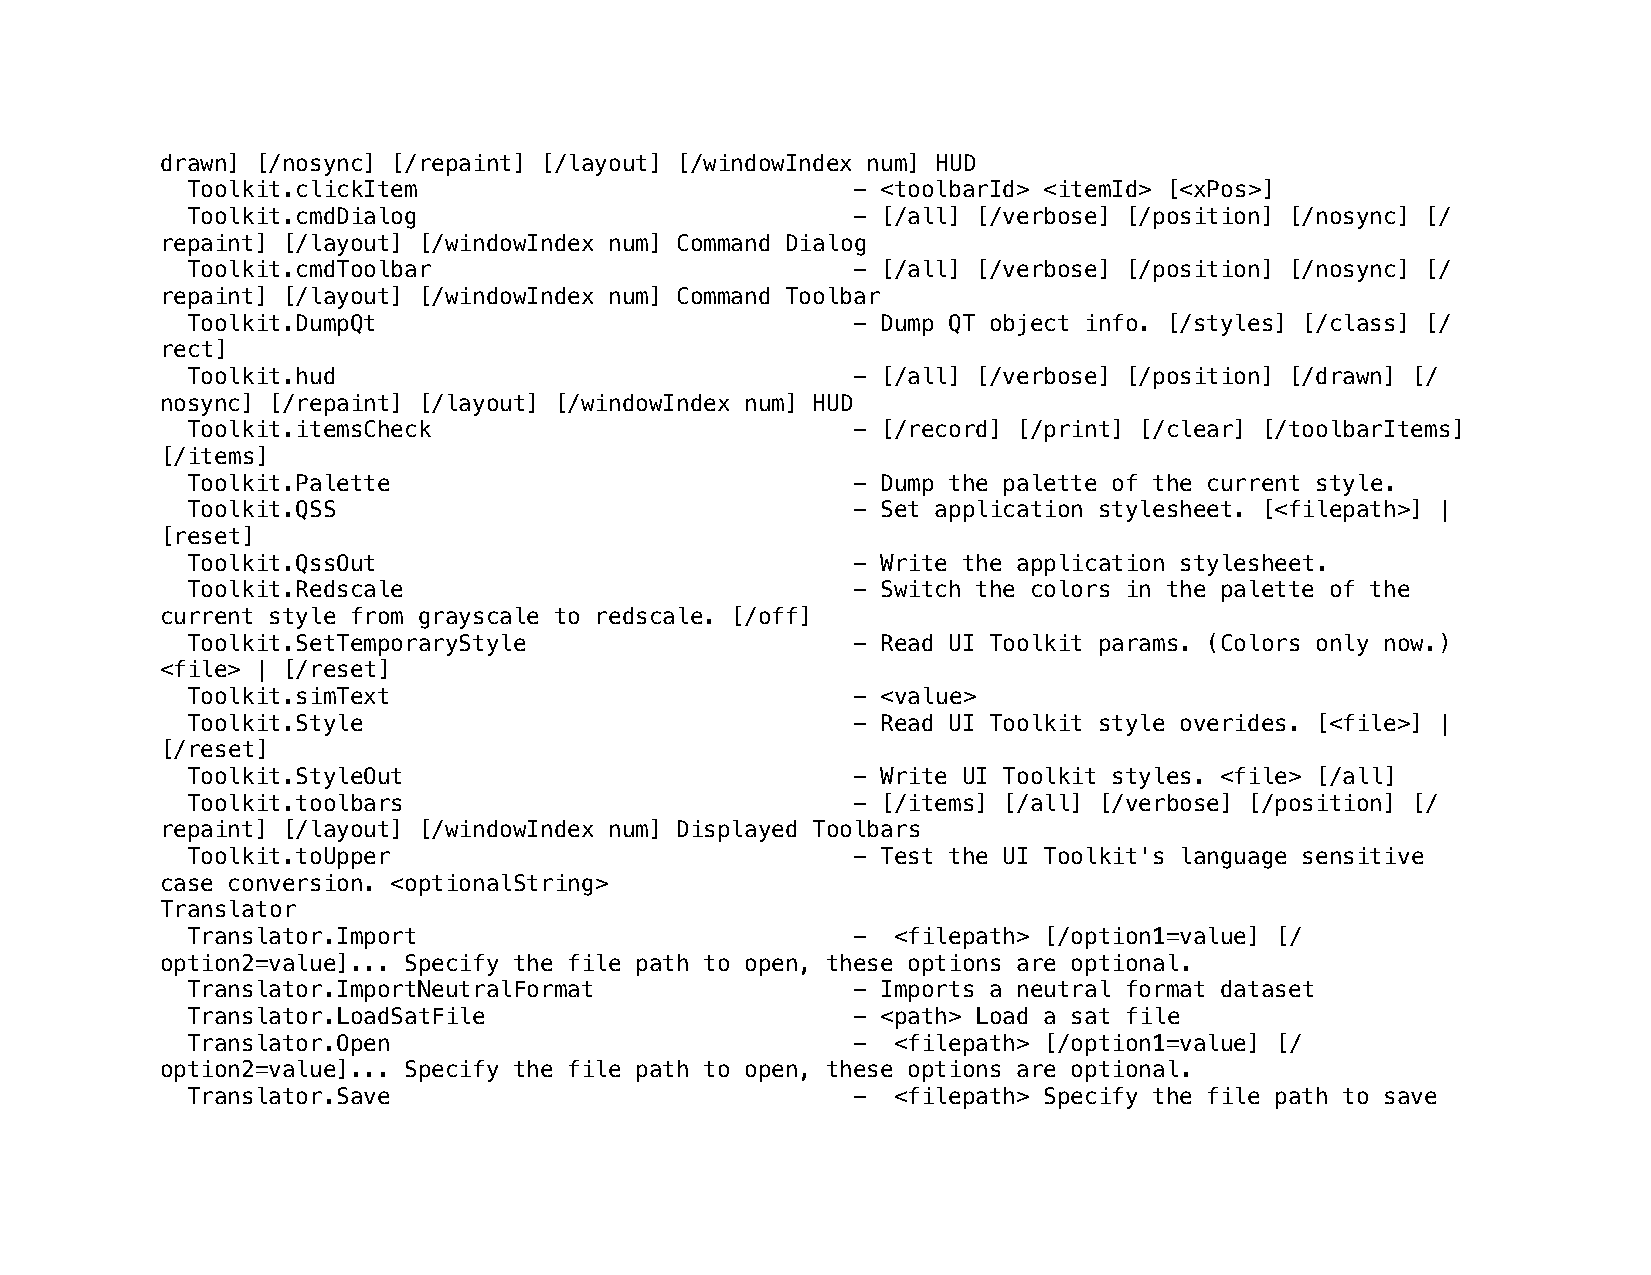
drawn] [/nosync] [/repaint] [/layout] [/windowIndex num] HUD
 Toolkit.clickItem                           - <toolbarId> <itemId> [<xPos>]
 Toolkit.cmdDialog                           - [/all] [/verbose] [/position] [/nosync] [/
 repaint] [/layout] [/windowIndex num] Command Dialog
 Toolkit.cmdToolbar                          - [/all] [/verbose] [/position] [/nosync] [/
 repaint] [/layout] [/windowIndex num] Command Toolbar
 Toolkit.DumpQt                              - Dump QT object info. [/styles] [/class] [/
 rect]
 Toolkit.hud                                 - [/all] [/verbose] [/position] [/drawn] [/
 nosync] [/repaint] [/layout] [/windowIndex num] HUD
 Toolkit.itemsCheck                          - [/record] [/print] [/clear] [/toolbarItems]
 [/items]
 Toolkit.Palette                             - Dump the palette of the current style.
 Toolkit.QSS                                 - Set application stylesheet. [<filepath>] |
 [reset]
 Toolkit.QssOut                              - Write the application stylesheet.
 Toolkit.Redscale                            - Switch the colors in the palette of the
 current style from grayscale to redscale. [/off]
 Toolkit.SetTemporaryStyle                   - Read UI Toolkit params. (Colors only now.)
 <file> | [/reset]
 Toolkit.simText                             - <value>
 Toolkit.Style                               - Read UI Toolkit style overides. [<file>] |
 [/reset]
 Toolkit.StyleOut                            - Write UI Toolkit styles. <file> [/all]
 Toolkit.toolbars                            - [/items] [/all] [/verbose] [/position] [/
 repaint] [/layout] [/windowIndex num] Displayed Toolbars
 Toolkit.toUpper                             - Test the UI Toolkit's language sensitive
 case conversion. <optionalString>
 Translator
 Translator.Import                           -  <filepath> [/option1=value] [/
 option2=value]... Specify the file path to open, these options are optional.
 Translator.ImportNeutralFormat              - Imports a neutral format dataset
 Translator.LoadSatFile                      - <path> Load a sat file
 Translator.Open                             -  <filepath> [/option1=value] [/
 option2=value]... Specify the file path to open, these options are optional.
 Translator.Save                             -  <filepath> Specify the file path to save